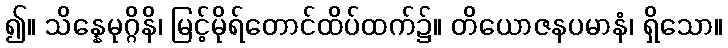
၍။ သိန္နေမုဂ္ဂိနိ၊ မြင့်မိုရ်တောင်ထိပ်ထက်၌။ တိယောဇနပမာနံ၊ ရှိသော။